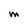
Character: M